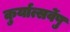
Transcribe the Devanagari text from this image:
कुर्यात्सर्वेषु